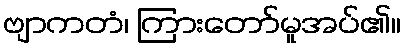
ဗျာကတံ၊ ကြားတော်မူအပ်၏။